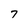
Character: 7